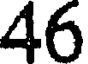
46